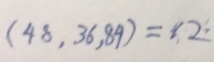
( 4 8 , 3 6 , 8 9 ) = 1 2